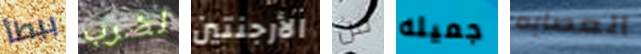
ببطأ لضرب الأرجنتين من جميله العصابه